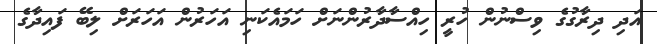
އަދި ދިރާގުގެ ވިސްނުން ހުރީ ހިއްސާދާރުންނަށް ހަމައެކަނި އަހަރުން އަހަރަށް ލިބޭ ފައިދާގެ